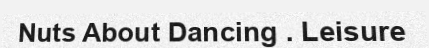
Nuts About Dancing . Leisure